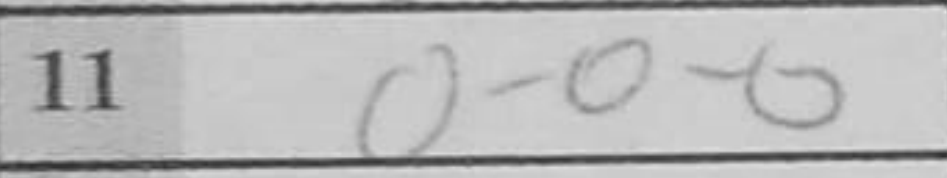
Transcription: O-O-O